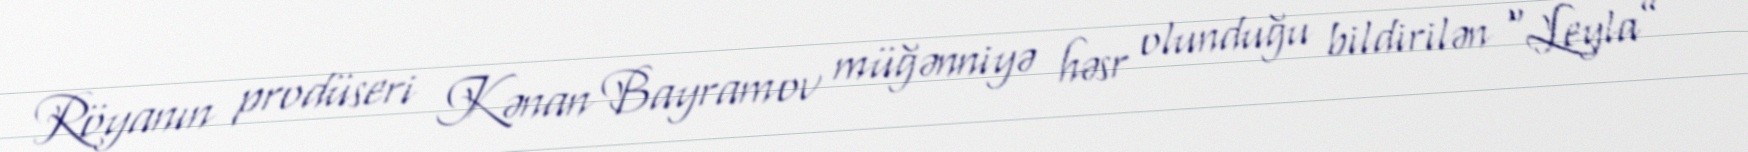
Röyanın prodüseri Kənan Bayramov müğənniyə həsr olunduğu bildirilən “Leyla”